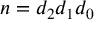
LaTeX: n = d _ { 2 } d _ { 1 } d _ { 0 }